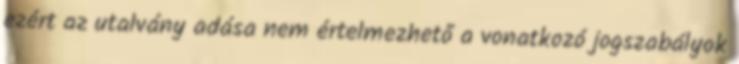
ezért az utalvány adása nem értelmezhető a vonatkozó jogszabályok